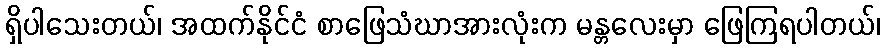
ရှိပါသေးတယ်၊ အထက်နိုင်ငံ စာဖြေသံဃာအားလုံးက မန္တလေးမှာ ဖြေကြရပါတယ်၊